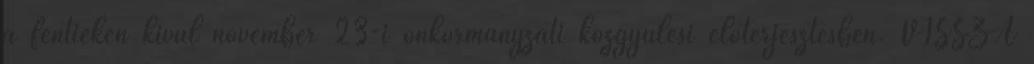
a fentieken kívül november 23-i önkormányzati közgyűlési előterjesztésben. VISSZA